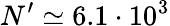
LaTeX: N^{\prime}\simeq 6.1\cdot 10^{3}